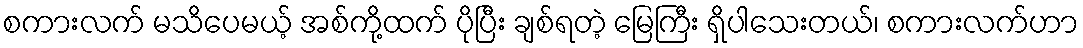
စကားလက် မသိပေမယ့် အစ်ကို့ထက် ပိုပြီး ချစ်ရတဲ့ မြေကြီး ရှိပါသေးတယ်၊ စကားလက်ဟာ